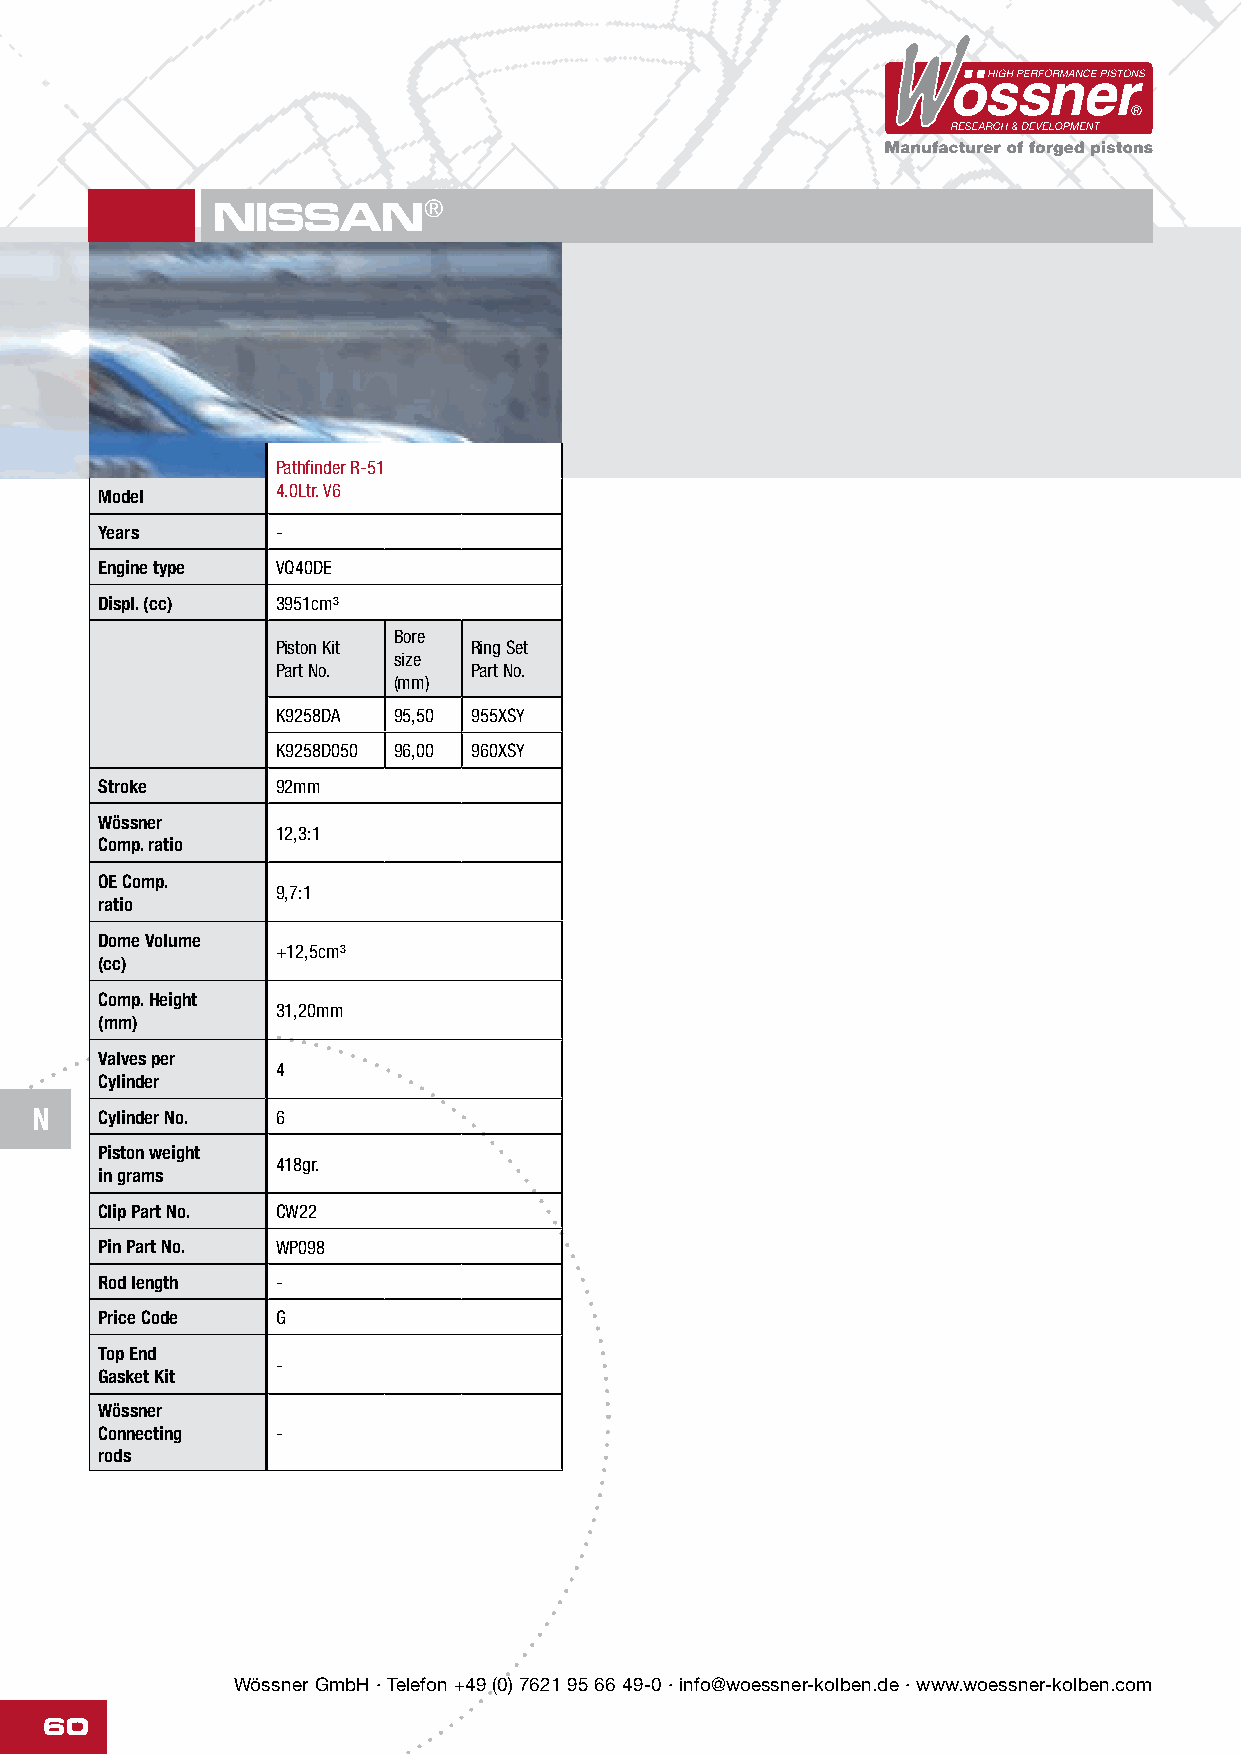
NISSAN®
 Pathfinder R-51
 4.0Ltr. V6
 Model
 Years      -
 Engine type VQ40DE
 Displ. (cc) 3951cm³
 Bore
 Piston Kit   Ring Set
 size
 Part No.     Part No.
 (mm)
 K9258DA 95,50 955XSY
 K9258D050 96,00 960XSY
 Stroke      92mm
 Wössner
 12,3:1
 Comp. ratio
 OE Comp.
 9,7:1
 ratio
 Dome Volume
 +12,5cm³
 (cc)
 Comp. Height
 31,20mm
 (mm)
 Valves per
 4
 Cylinder
 N   Cylinder No. 6
 Piston weight
 418gr.
 in grams
 Clip Part No. CW22
 Pin Part No. WP098
 Rod length  -
 Price Code  G
 Top End
 -
 Gasket Kit
 Wössner
 Connecting  -
 rods
 Wössner GmbH · Telefon +49 (0) 7621 95 66 49-0 · info@woessner-kolben.de · www.woessner-kolben.com
 60